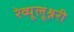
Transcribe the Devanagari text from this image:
रेव्यूलूश्नरी